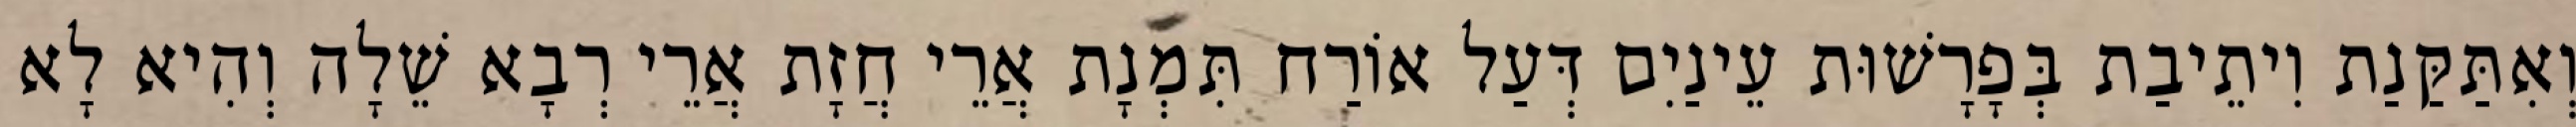
וְאִתַּקַּנַת וִיתֵיבַת בְּפָרָשׁוּת עֵינַיִם דְּעַל אוֹרַח תִּמְנָת אֲרֵי חֲזָת אֲרֵי רְבָא שֵׁלָה וְהִיא לָא